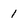
Character: 1